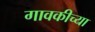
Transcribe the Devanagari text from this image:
गावकीच्या